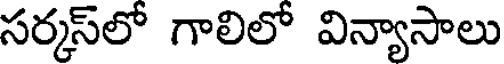
సర్కస్లో గాలిలో విన్యాసాలు